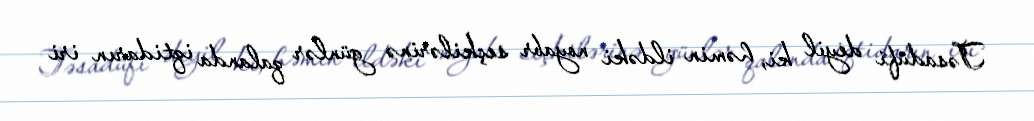
Təsadüfi deyil ki, həmin ildəki noyabr seçkilərinə günlər qalanda iqtidarın iri